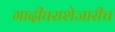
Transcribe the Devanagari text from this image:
गादीघराशेजारीच